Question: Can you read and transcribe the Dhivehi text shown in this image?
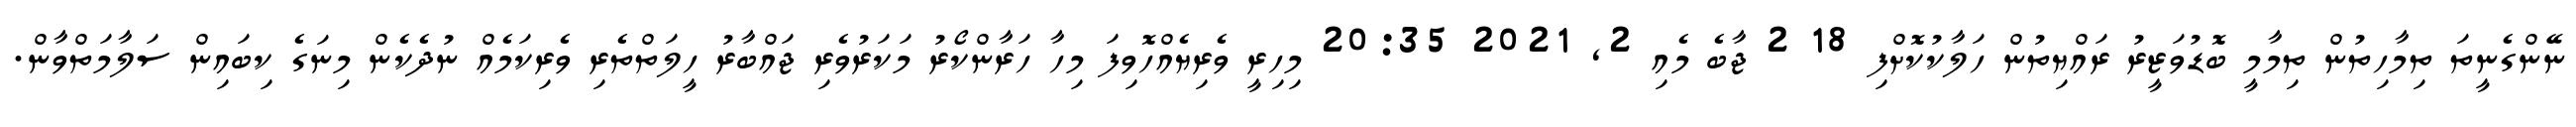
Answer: ނޭންގެނީތަ ތިމާހިތުން ތިމާމީ ބޮޑުވަޒީރު ރައްޔިތުން ހަލާކުކޮށްފި 18 2 ޖާބެ މެއި 2, 2021 20:35 މިހިރީ ވެރިޔެއްހޮވިފަ މިހާ ހަރާންކޯރު މަކަރުވެރި ޖައްބާރު ހީލަތްތެރި ވެރިކަމެއް ނުދެކެން މިނަގެ ކިބައިން ސަލާމަތްވާން.